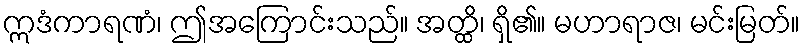
ဣဒံကာရဏံ၊ ဤအကြောင်းသည်။ အတ္ထိ၊ ရှိ၏။ မဟာရာဇ၊ မင်းမြတ်။